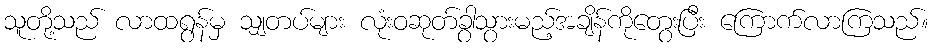
သူတို့သည် လာထရွန်မှ သျှတပ်များ လုံးဝဆုတ်ခွာသွားမည့်အချိန်ကိုတွေးပြီး ကြောက်လာကြသည်။